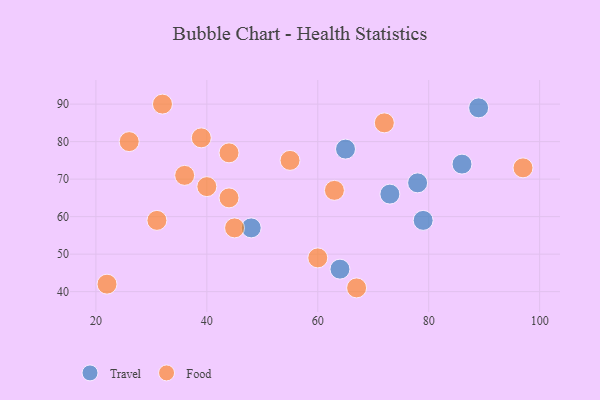
{"axis": {"x": "GDP", "y": "Life Expectancy"}, "legend": ["Food", "Travel"], "data": [{"x": "48", "y": 57, "type": "Travel"}, {"x": "64", "y": 46, "type": "Travel"}, {"x": "78", "y": 69, "type": "Travel"}, {"x": "65", "y": 78, "type": "Travel"}, {"x": "89", "y": 89, "type": "Travel"}, {"x": "86", "y": 74, "type": "Travel"}, {"x": "73", "y": 66, "type": "Travel"}, {"x": "79", "y": 59, "type": "Travel"}, {"x": "32", "y": 90, "type": "Food"}, {"x": "40", "y": 68, "type": "Food"}, {"x": "44", "y": 77, "type": "Food"}, {"x": "39", "y": 81, "type": "Food"}, {"x": "36", "y": 71, "type": "Food"}, {"x": "67", "y": 41, "type": "Food"}, {"x": "72", "y": 85, "type": "Food"}, {"x": "22", "y": 42, "type": "Food"}, {"x": "45", "y": 57, "type": "Food"}, {"x": "44", "y": 65, "type": "Food"}, {"x": "31", "y": 59, "type": "Food"}, {"x": "26", "y": 80, "type": "Food"}, {"x": "55", "y": 75, "type": "Food"}, {"x": "97", "y": 73, "type": "Food"}, {"x": "60", "y": 49, "type": "Food"}, {"x": "63", "y": 67, "type": "Food"}]}